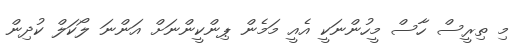
މި ތިރީސް ހާސް މީހުންނަކީ އެއީ މަމެން ޕިންކީންނަށް އަންނަ ލޯކަލް ކުދިން